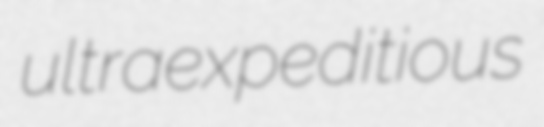
ultraexpeditious